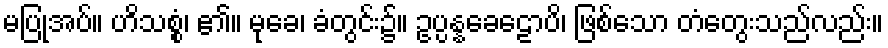
မပြုအပ်။ ဟိသစ္စံ၊ ၏။ မုခေ၊ ခံတွင်း၌။ ဥပ္ပန္နခေဠောပိ၊ ဖြစ်သော တံတွေးသည်လည်း။